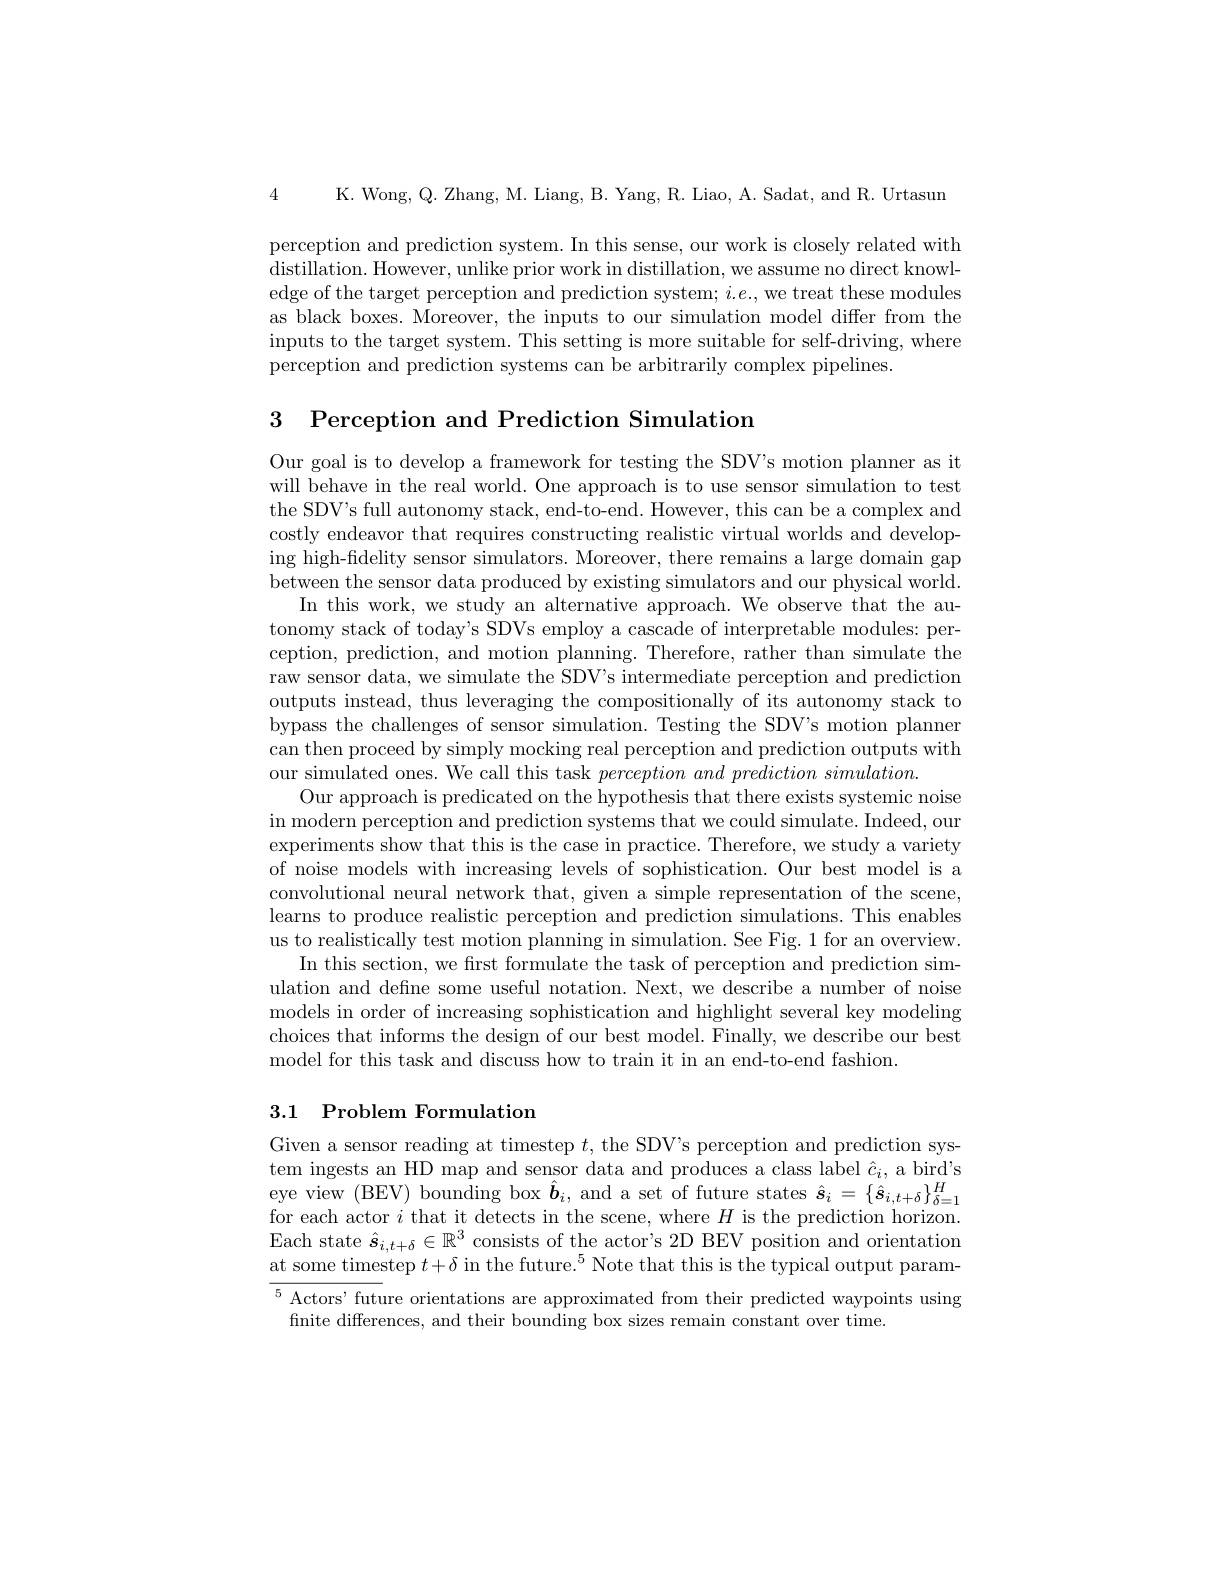
4 K. Wong, Q. Zhang, M. Liang, B. Yang, R. Liao, A. Sadat, and R. Urtasun

perception and prediction system. In this sense, our work is closely related with distillation. However, unlike prior work in distillation, we assume no direct knowledge of the target perception and prediction system; $i.e.$, we treat these modules as black boxes. Moreover, the inputs to our simulation model differ from the inputs to the target system. This setting is more suitable for self-driving, where perception and prediction systems can be arbitrarily complex pipelines.

3 Perception and Prediction Simulatiom

Our goal is to develop a framework for testing the SDV's motion planner as it will behave in the real world. One approach is to use sensor simulation to test the SDV's full autonomy stack, end-to-end. However, this can be a complex and costly endeavor that requires constructing realistic virtual worlds and developing high-fidelity sensor simulators. Moreover, there remains a large domain gap between the sensor data produced by existing simulators and our physical world.
In this work, we study an alternative approach. We observe that the autonomy stack of today's SDVs employ a cascade of interpretable modules: perception, prediction, and motion planning. Therefore, rather than simulate the raw sensor data, we simulate the SDV's intermediate perception and prediction outputs instead, thus leveraging the compositionally of its autonomy stack to bypass the challenges of sensor simulation. Testing the SDV's motion planner can then proceed by simply mocking real perception and prediction outputs with our simulated ones. We call this task perception and prediction simulation.
Our approach is predicated on the hypothesis that there exists systemic noise in modern perception and prediction systems that we could simulate. Indeed, our experiments show that this is the case in practice. Therefore, we study a variety of noise models with increasing levels of sophistication. Our best model is a convolutional neural network that, given a simple representation of the scene, learns to produce realistic perception and prediction simulations. This enables us to realistically test motion planning in simulation. See Fig. 1 for an overview.
In this section, we first formulate the task of perception and prediction simulation and define some useful notation. Next, we describe a number of noise models in order of increasing sophistication and highlight several key modeling choices that informs the design of our best model. Finally, we describe our best model for this task and discuss how to train it in an end-to-end fashion.

## 3.1 Problem Formulation

Given a sensor reading at timestep $t$, the SDV's perception and prediction system ingests an HD map and sensor data and produces a class label $\hat{c}_i$, a bird's eye view (BEV) bounding box $\hat{\boldsymbol{b}}_i$, and a set of future states $\hat{\boldsymbol{s}}_i=\{\hat{\boldsymbol{s}}_{i,t+\delta}\}_{\delta=1}^H$ for each actor $i$ that it detects in the scene, where $H$ is the prediction horizon. Each state $\hat{\boldsymbol{s}}_{i,t+\delta}\in\mathbb{R}^3$ consists of the actor's 2D BEV position and orientation at some timestep $t+\delta\text{ in the future.}^5$ Note that this is the typical output param- $\overline{{^5\text{Actors'future orientations are approximated from their predicted waypoints using}}}$
finite differences, and their bounding box sizes remain constant over time.